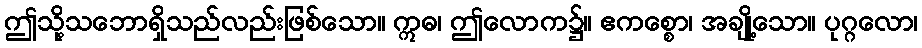
ဤသို့သဘောရှိသည်လည်းဖြစ်သော။ ဣဓ၊ ဤလောက၌။ ဧကစ္စော၊ အချို့သော။ ပုဂ္ဂလော၊